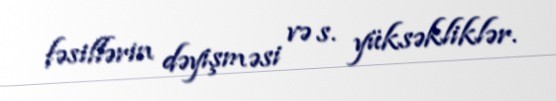
fəsillərin dəyişməsi və s. yüksəkliklər.